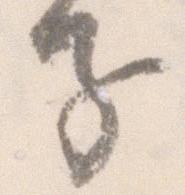
子